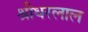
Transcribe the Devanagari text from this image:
श्रीधरलाल